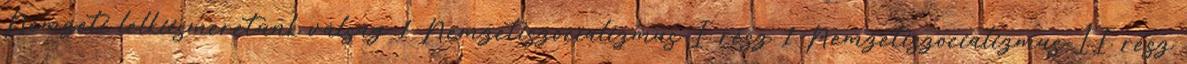
Nemzeti lelkiismeretünk válság 1 Nemzetiszocializmus-I. rész 1 Nemzetiszocializmus-II. rész